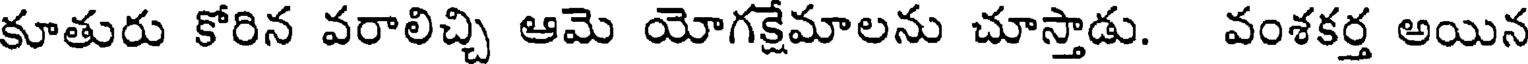
కూతురు కోరిన వరాలిచ్చి ఆమె యోగక్షేమాలను చూస్తాడు. వంశకర్త అయిన